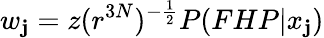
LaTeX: w_{\mathbf{j}}=z(r^{3N})^{-\frac{{1}}{{2}}}P(FHP|x_{\mathbf{j}})